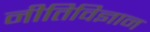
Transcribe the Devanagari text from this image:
नीतिविज्ञान